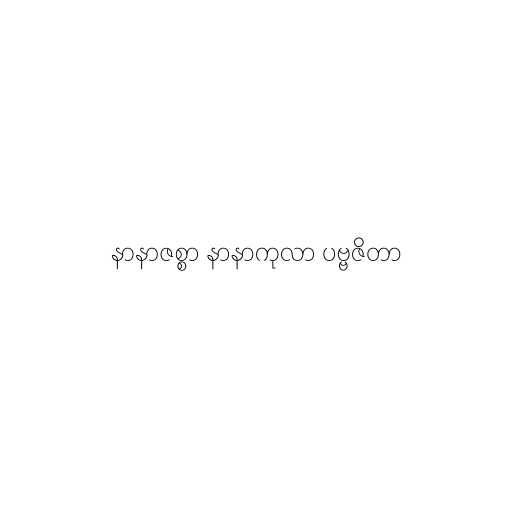
နာနာဇစ္စာ နာနာကုလာ ပဗ္ဗဇိတာ